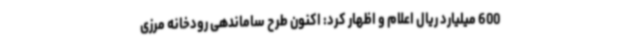
600 میلیارد ریال اعلام و اظهار کرد: اکنون طرح ساماندهی رودخانه مرزی